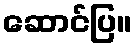
ဆောင်ပြ။